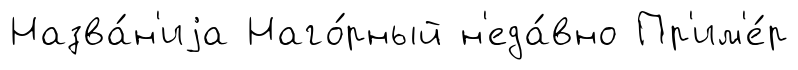
Назва́н'иjа Наго́рный н'еда́вно Пр'им'е́р